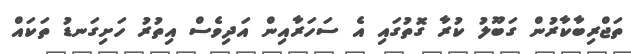
ތަޖްރިބާކާރުން ގަބޫލު ކުރާ ގޮތުގައި އެ ސަހަރާއިން އަދިވެސް އިތުރު ހަށިގަނޑު ތަކައް